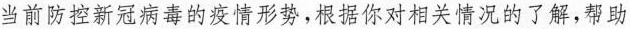
当前防控新冠病毒的疫情形势，根据你对相关情况的了解，帮助